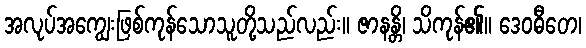
အလုပ်အကျွေးဖြစ်ကုန်သောသူတို့သည်လည်း။ ဇာနန္တိ၊ သိကုန်၏။ ဒေဝဓီတေ၊